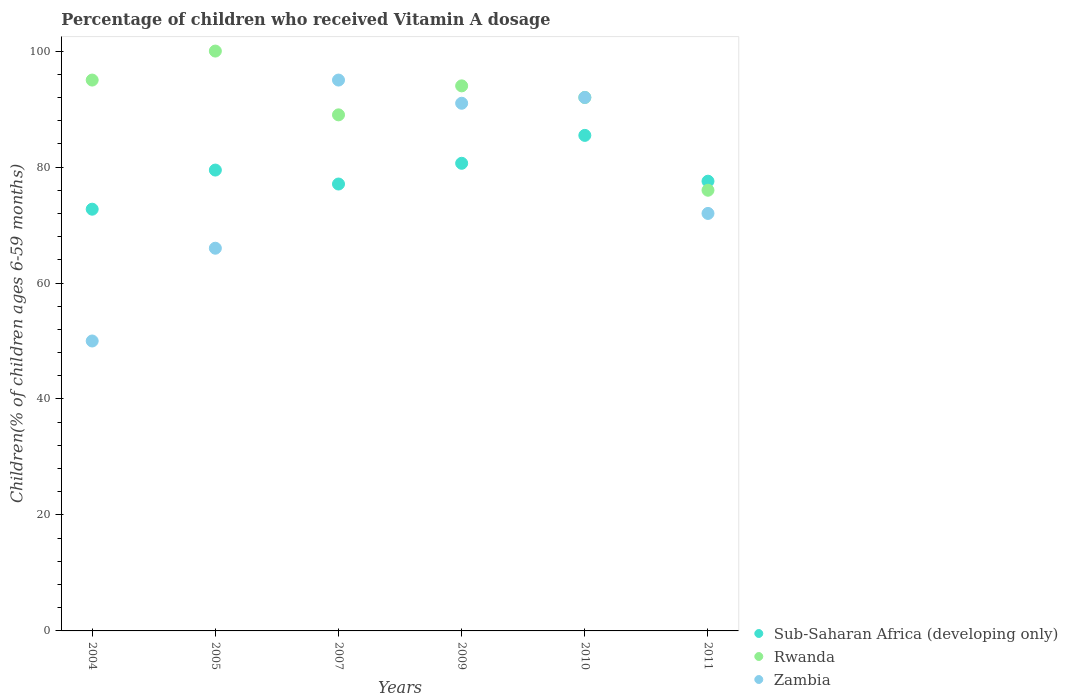
| Years | Sub-Saharan Africa (developing only) | Rwanda | Zambia |
 | --- | --- | --- | --- |
 | 2004 | 72.7 | 95 | 50 |
 | 2005 | 79.5 | 100 | 66 |
 | 2007 | 77.1 | 89 | 95 |
 | 2009 | 80.6 | 94 | 91 |
 | 2010 | 85.5 | 92 | 92 |
 | 2011 | 77.6 | 76 | 72 |